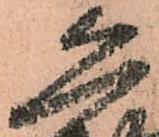
恐